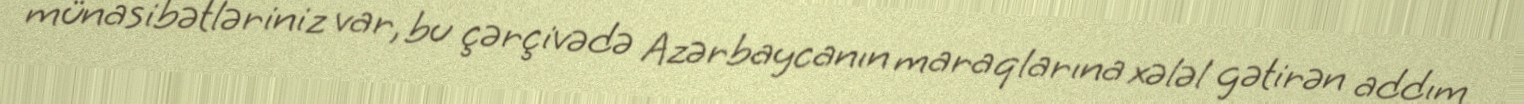
münasibətləriniz var, bu çərçivədə Azərbaycanın maraqlarına xələl gətirən addım